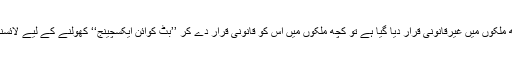
بِٹ کوائن کے کاروبار کو کچھ ملکوں میں غیرقانونی قرار دیا گیا ہے تو کچھ ملکوں میں اس کو قانونی قرار دے کر ’’بِٹ کوائن ایکسچینج‘‘ کھولنے کے لیے لائسنس کا اجرا بھی کیا جا رہا ہے۔